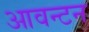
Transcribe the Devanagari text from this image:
आवन्टन